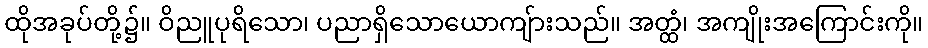
ထိုအခုပ်တို့၌။ ဝိညူပုရိသော၊ ပညာရှိသောယောကျ်ားသည်။ အတ္ထံ၊ အကျိုးအကြောင်းကို။